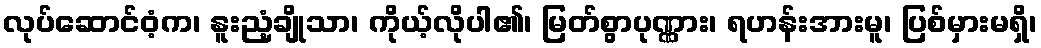
လုပ်ဆောင်ဝံ့က၊ နူးညံ့ချိုသာ၊ ကိုယ့်လိုပါ၏၊ မြတ်စွာပုဏ္ဏား၊ ရဟန်းအားမူ၊ ပြစ်မှားမရှိ၊